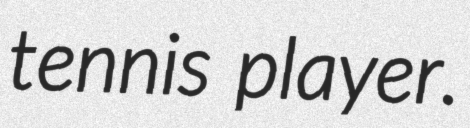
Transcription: tennis player.